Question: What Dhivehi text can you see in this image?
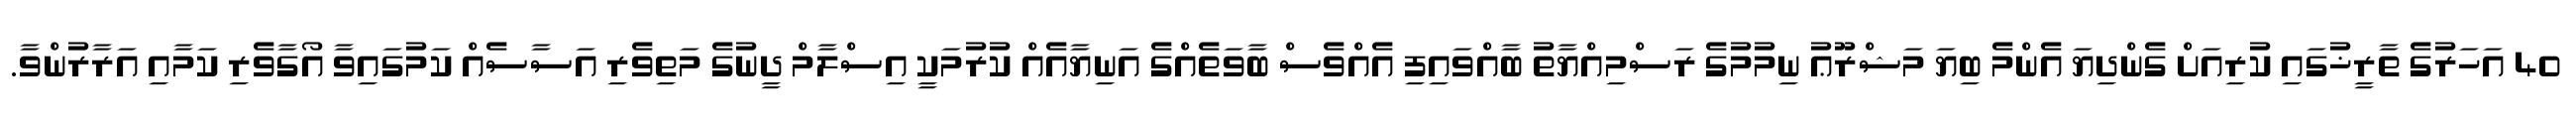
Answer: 40 އަހަރުގެ ތާރީޚުގައި ކުރިއަށް ގެންދިޔަ އެންމެ ބިޔަ މަޝްރޫޢު ނިމުމުގެ ރަސްމިއްޔާތު ބާއްވައިފި އެއްވެސް ބާވަތެއްގެ އަނިޔާއެއް ކުރުމަކީ އިސްލާމް ދީނުގެ މަތިވެރި އަސާސެއް ކަމުގައިވާ އޯގާވެރި ކަމާއި އަރާރުންވާ.